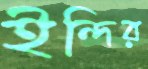
ইন্দির